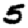
Digit: 5